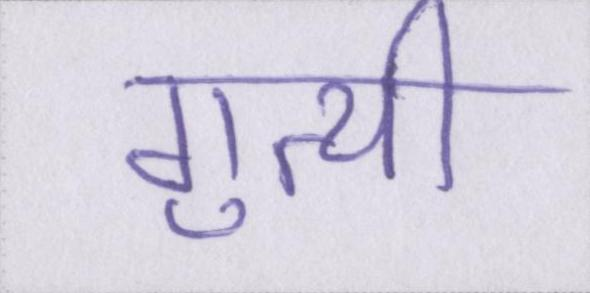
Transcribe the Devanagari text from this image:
गुत्थी